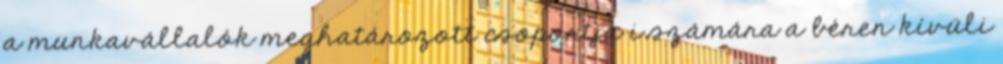
a munkavállalók meghatározott csoportja i számára a béren kívüli